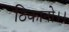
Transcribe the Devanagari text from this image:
ठिकानो।।